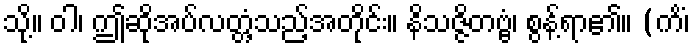
သို့။ ဝါ၊ ဤဆိုအပ်လတ္တံ့သည့်အတိုင်း။ နိသဇ္ဇိတဗ္ဗံ၊ စွန့်ရာ၏။ (ကိံ၊